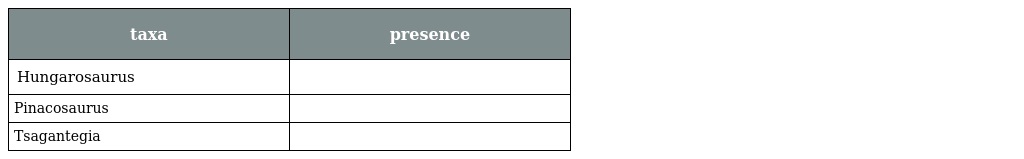
| taxa | presence |
 | --- | --- |
 | Hungarosaurus |  |
 | Pinacosaurus |  |
 | Tsagantegia |  |